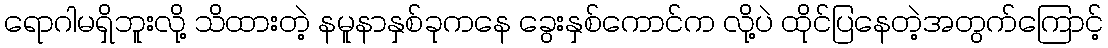
ရောဂါမရှိဘူးလို့ သိထားတဲ့ နမူနာနှစ်ခုကနေ ခွေးနှစ်ကောင်က လို့ပဲ ထိုင်ပြနေတဲ့အတွက်ကြောင့်